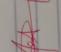
Signature authenticity: genuine